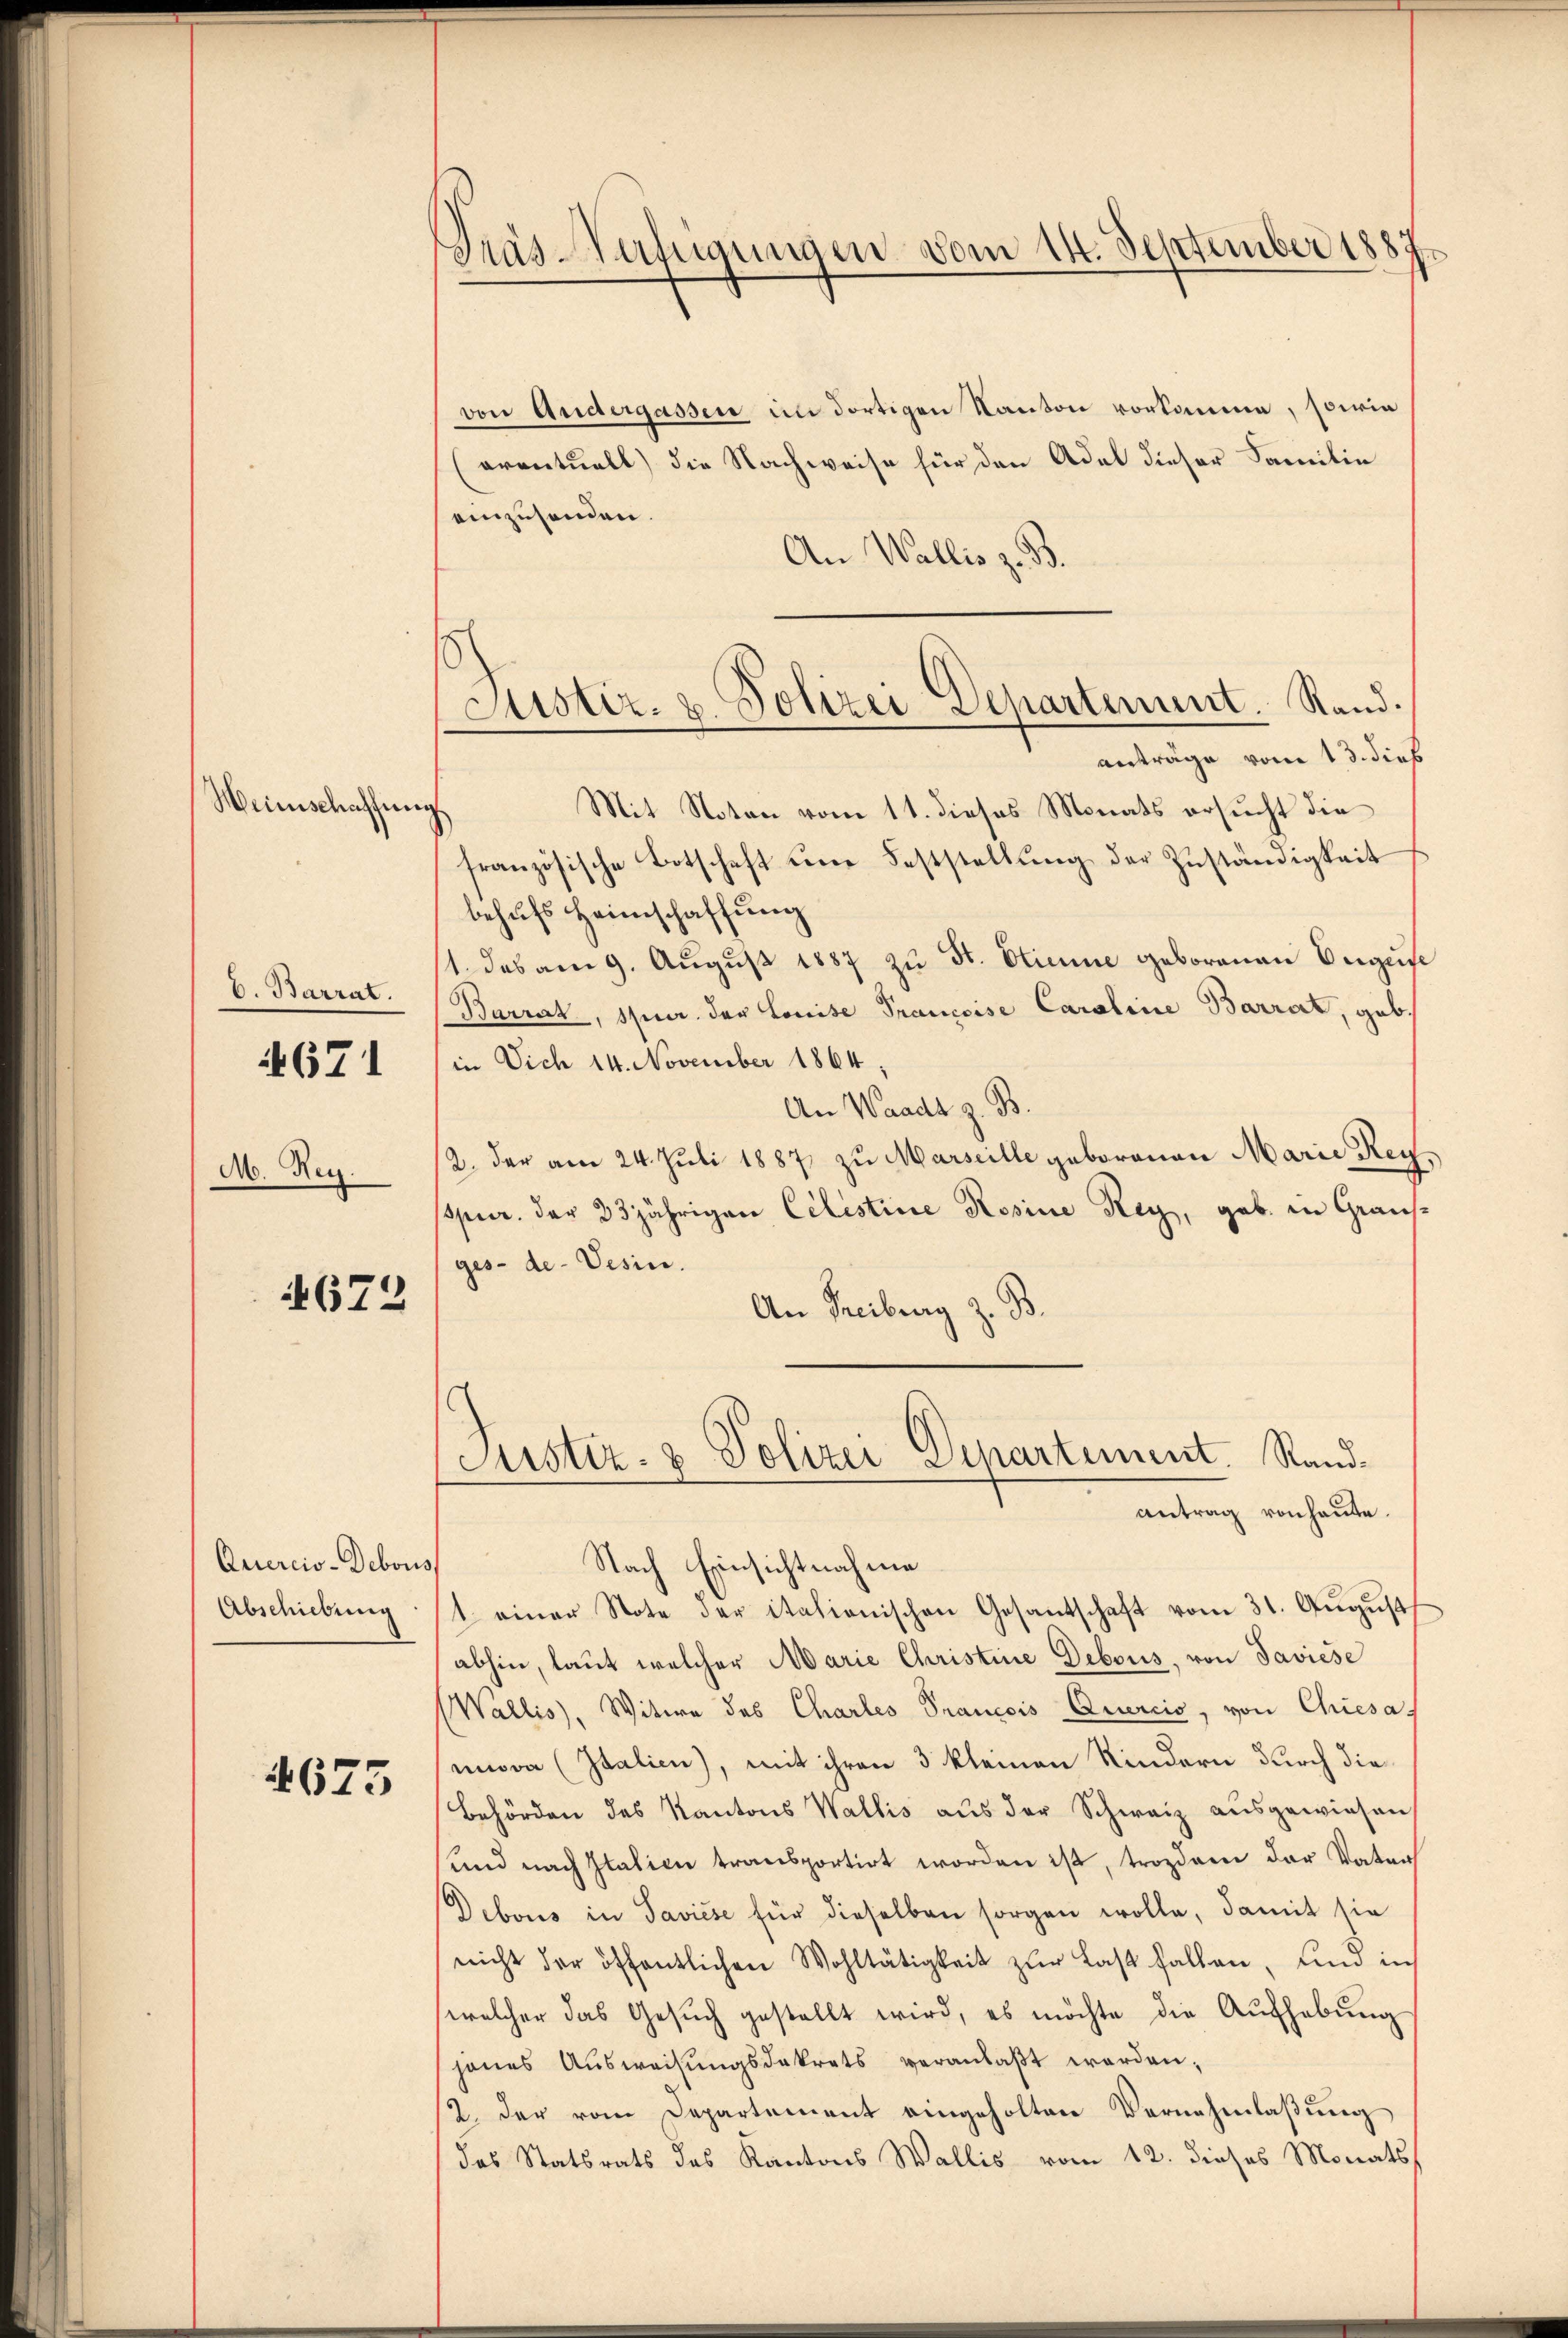
Weinschaffung

b. Barrat.

671

M. Reg.

672

Quercio-Debous
Abschiebung

4675

Pras-Verfügungen vom 14. September 188

Justiz- u. Polizei Departement. Rand.
anträge vom 13. dies
Mit Noten vom 11. dieses Monats ersucht die

von Andergassen in dortigen Kanton vorkomme, sowie
eventuell) die Nachweise für den Adel dieser Familie
einzusenden.
An Wallis z. B.
französische Botschaft eine Feststellung der Zuständigkeit
behufs Heimschaffung
1. das am 9. August 1887 zu St. Stimme geborenen Augus
Barrat, spur. der Louise Prancoise Caroline Barrat, geb.
in Dich 14. November 1864
An Waadt z. B.
2. der am 24. Juli 1887 zu Marseille geborenen Marie Reypur. der 23jährigen Cilistine Rosine Rey, geb. in Grausges- de- Vesin.
An Freiburg z. B.

Justiz- & Polizei Departement. Standantrag von heute.

Nach Einsichtnahme
t einer Note der italionischen Gesantschaft vom 31. Aŭgŭst
abhin, laut welcher Marie Christine Debous, von Javiese
Wallis, Witwe des Chartes Prancois Quercis, von Chiesa-
mnova (Italien), mit ihren 3 kleinen Kindern durch die
Behörden des Kantons Wallis aŭs der Schweiz aŭsgewiesen
und nach Italien transportirt worden ist, trozdem der Vater
Debous in Saviése für dieselben sorgen wolle, damit sie
nicht der öffentlichen Wohltätigkeit zŭr Last fallen, und in
welcher das Gesŭch gestellt wird, es möchte die Aufhebung
jenes Aŭsweisŭngsdekrets veranlaβt werden;
2. der vom Departement eingeholten Vernehmlassung
das Statsrats des Kantons Wallis vom 12. dieses Monats